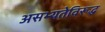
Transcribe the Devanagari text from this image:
असभ्यतेविरूद्ध